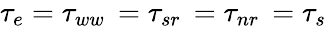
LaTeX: \begin{array}{r}{\tau_{e}=\tau_{ww\ }=\tau_{sr\ }=\tau_{nr\ }=\tau_{s}}\end{array}